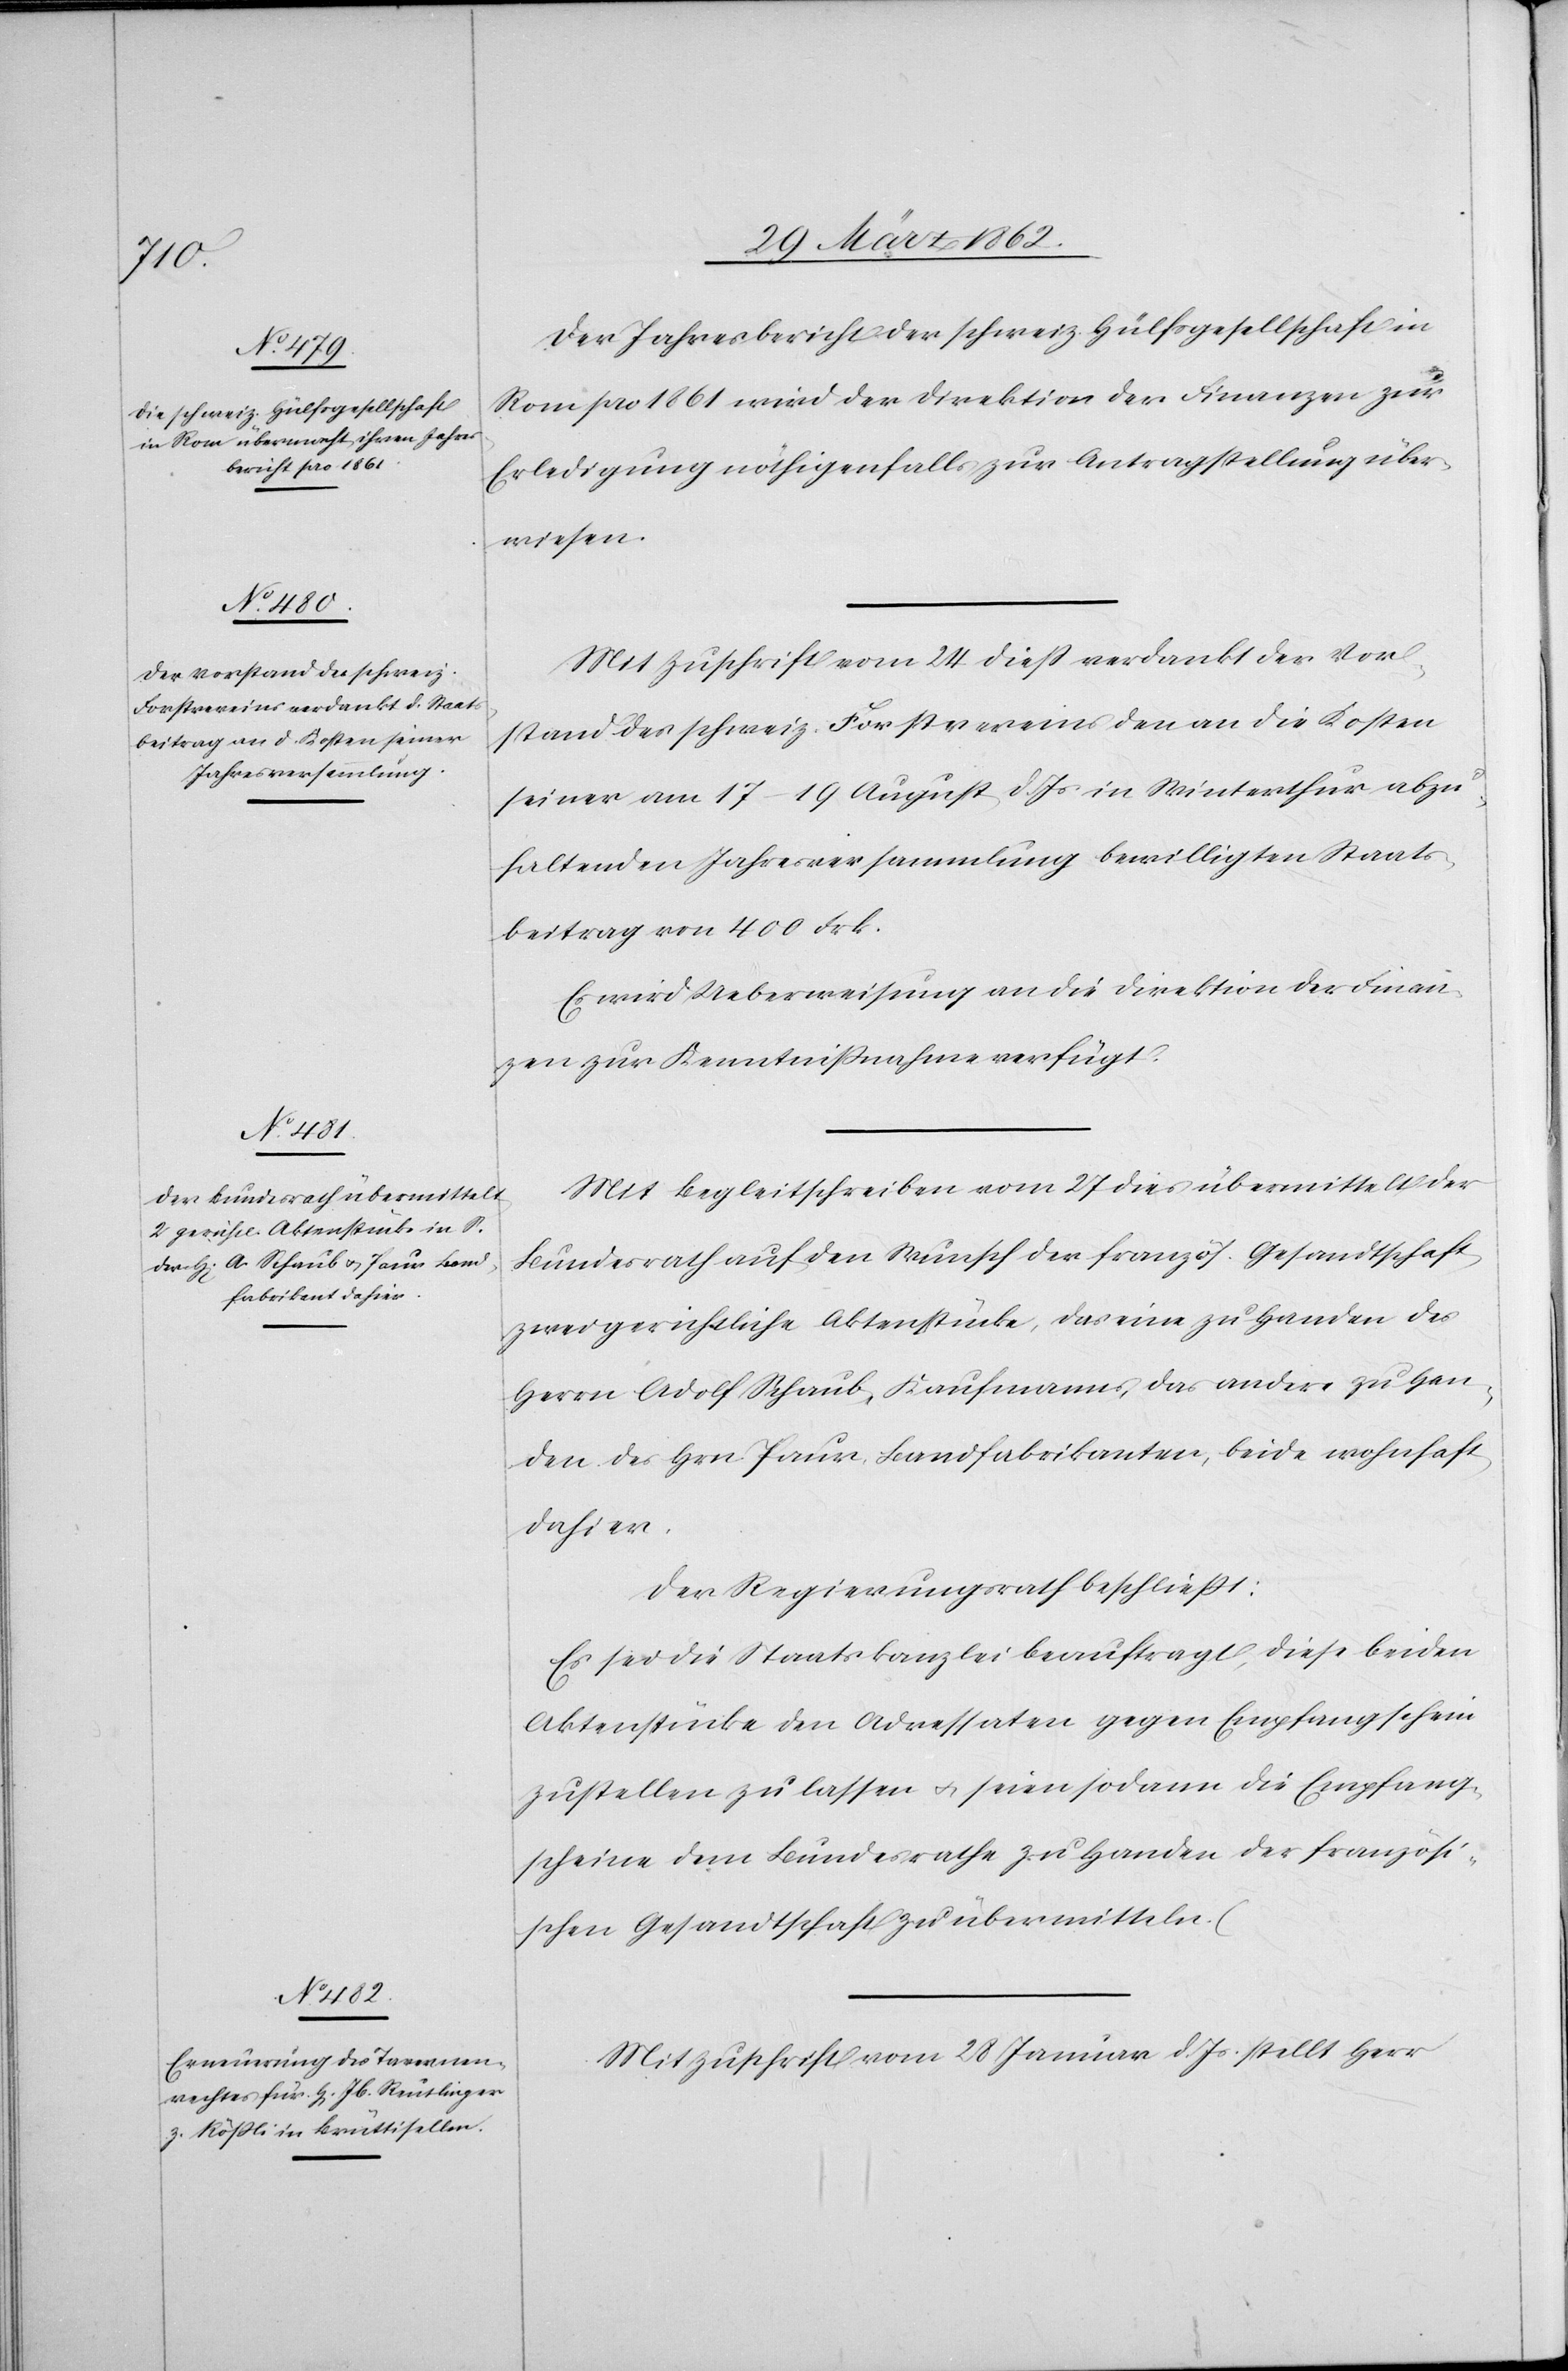
Der Jahresbericht der schweiz. Hülfsgesellschaft in
Rom pro 1861 wird der Direktion der Finanzen zur
Erledigung nöthigenfalls zur Antragstellung über¬
wiesen.
Mit Zuschrift vom 24 dieß verdankt der Vor¬
stand des schweiz. Forstvereins den an die Kosten
seiner am 17–19 August d. Js. in Winterthur abzu¬
haltenden Jahresversammlung bewilligten Staats¬
beitrag von 400 Frk.
Es wird Ueberweisung an die Direktion der Finan¬
zen zur Kenntnißnahme verfügt.
Mit Begleitschreiben vom 27 dies übermittelt der
Bundesrath auf den Wunsch der französ. Gesandtschaft
zwei gerichtliche Aktenstücke, das eine zu Handen des
Herrn Adolf Schaub, Kaufmanns, das andere zu Han¬
den des Hrn Paur, Bandfabrikanten, beide wohnhaft
dahier.
Der Regierungsrath beschließt:
Es sei die Staatskanzlei beauftragt, diese beiden
Aktenstücke den Adressaten gegen Empfangschein
zustellen zu lassen u. seien sodann die Empfang¬
scheine dem Bundesrathe zu Handen der französi¬
schen Gesandtschaft zu übermitteln.
Mit Zuschrift vom 28 Januar d. Js. stellt Herr